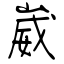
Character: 崴